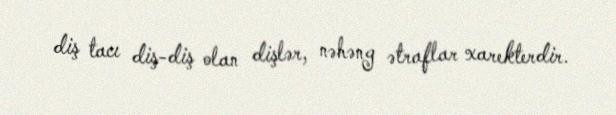
diş tacı diş-diş olan dişlər, nəhəng ətraflar xarekterdir.